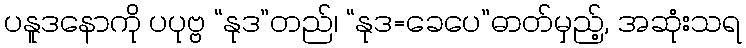
ပနူဒနောကို ပပုဗ္ဗ “နုဒ”တည်၊ “နုဒ=ခေပေ”ဓာတ်မှည့်, အဆုံးသရ